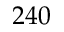
2 4 0